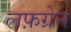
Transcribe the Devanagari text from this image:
लफ़ग्रेन